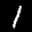
Label: 1